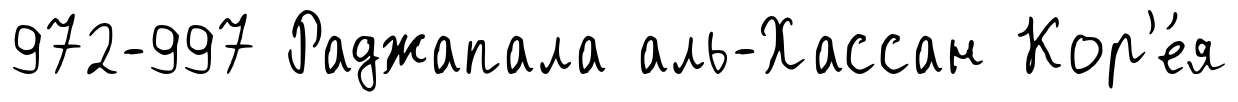
972-997 Раджапала аль-Хассан Кор'е́я